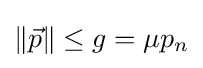
\|{\vec {p}}\|\leq g=\mu p_{n}\,\!